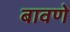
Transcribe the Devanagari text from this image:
बावणे